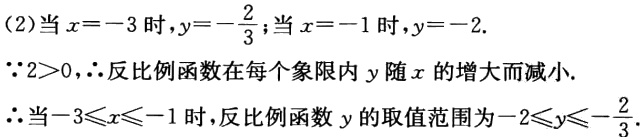
(2)当\(x = - 3\)时，\(y = - \frac{2}{3}\)；当\(x = - 1\)时，\(y = - 2\).
\(\because 2>0\)，\(\therefore\)反比例函数在每个象限内\(y\)随\(x\)的增大而减小.
\(\therefore\)当\(-3\leqslant x\leqslant - 1\)时，反比例函数\(y\)的取值范围为\(-2\leqslant y\leqslant - \frac{2}{3}\).